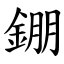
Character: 錋